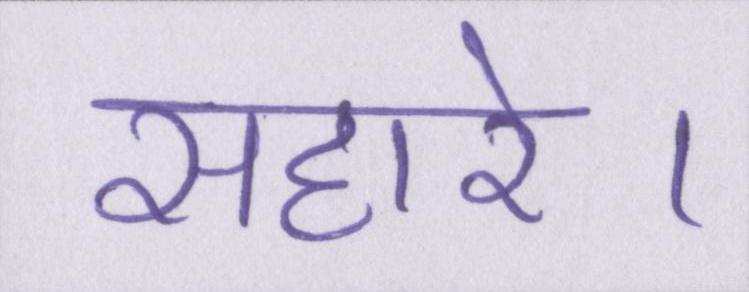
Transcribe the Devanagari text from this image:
सहारे।